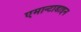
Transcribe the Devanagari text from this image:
एमान्टाडाइन